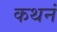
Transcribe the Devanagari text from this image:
कथनं